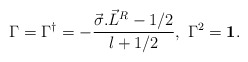
\begin{align*}\Gamma = \Gamma^{\dagger} = -\frac{\vec{\sigma}.{\vec{L}}^R -1/2}{l+1/2},~ \Gamma^2 = {\bf 1}.\end{align*}